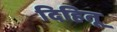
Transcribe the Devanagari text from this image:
दिहितू